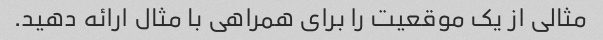
مثالی از یک موقعیت را برای همراهی با مثال ارائه دهید.